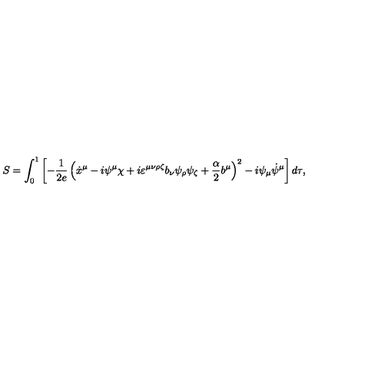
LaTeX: S = \int _ { 0 } ^ { 1 } \left[ - \frac { 1 } { 2 e } \left( \dot { x } ^ { \mu } - i \psi ^ { \mu } \chi + i \varepsilon ^ { \mu \nu \rho \zeta } b _ { \nu } \psi _ { \rho } \psi _ { \zeta } + { \frac { \alpha } { 2 } } b ^ { \mu } \right) ^ { 2 } - i \psi _ { \mu } \dot { \psi } ^ { \mu } \right] d \tau ,